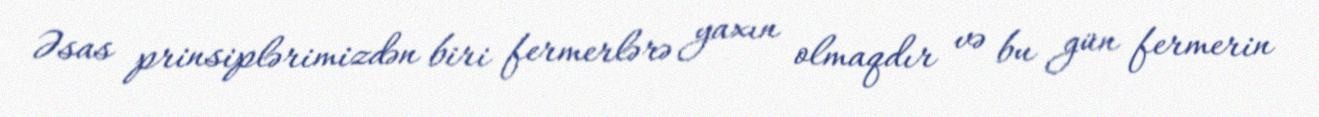
Əsas prinsiplərimizdən biri fermerlərə yaxın olmaqdır və bu gün fermerin